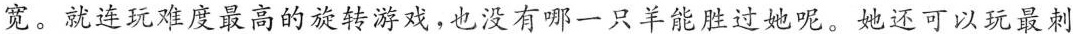
宽。就连玩难度最高的旋转游戏，也没有哪一只羊能胜过她呢。她还可以玩最刺